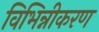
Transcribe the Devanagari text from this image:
विभिन्नीकरण